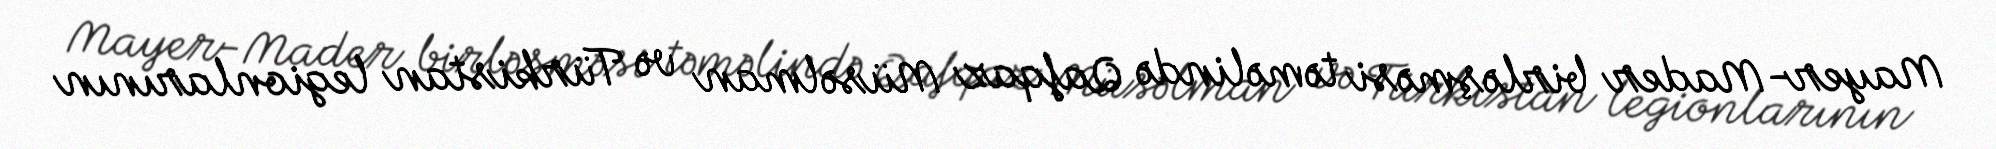
Mayer-Mader birləşməsi təməlində Qafqaz Müsəlman və Türkistan legionlarının